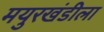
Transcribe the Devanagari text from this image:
मयुरखंडीला